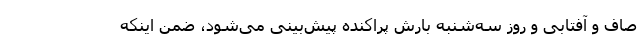
صاف و آفتابی و روز سه‌شنبه بارش پراکنده پیش‌بینی می‌شود، ضمن اینکه